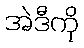
အဲဒီကို